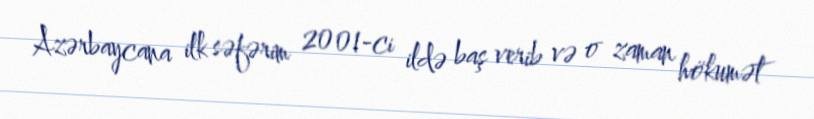
Azərbaycana ilk səfərim 2001-ci ildə baş verib və o zaman hökumət